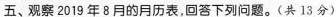
五、观察2019年8月的月历表，回答下列问题。(共13分)